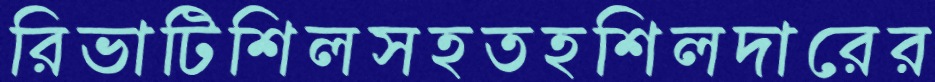
রিভাটিশিলসহতহশিলদারের